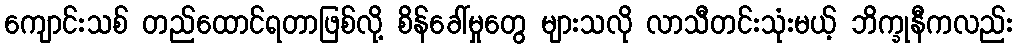
ကျောင်းသစ် တည်ထောင်ရတာဖြစ်လို့ စိန်ခေါ်မှုတွေ များသလို လာသီတင်းသုံးမယ့် ဘိက္ခုနီကလည်း